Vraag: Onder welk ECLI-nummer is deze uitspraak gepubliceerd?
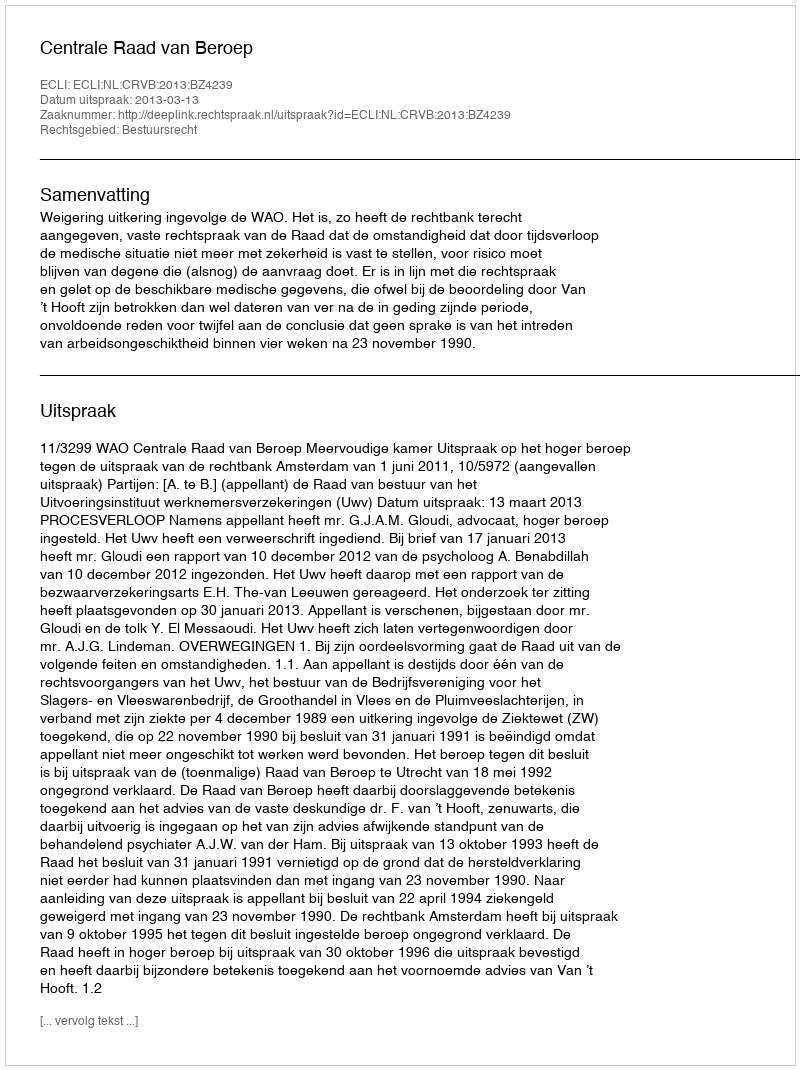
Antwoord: ECLI:NL:CRVB:2013:BZ4239